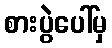
စားပွဲပေါ်မှ